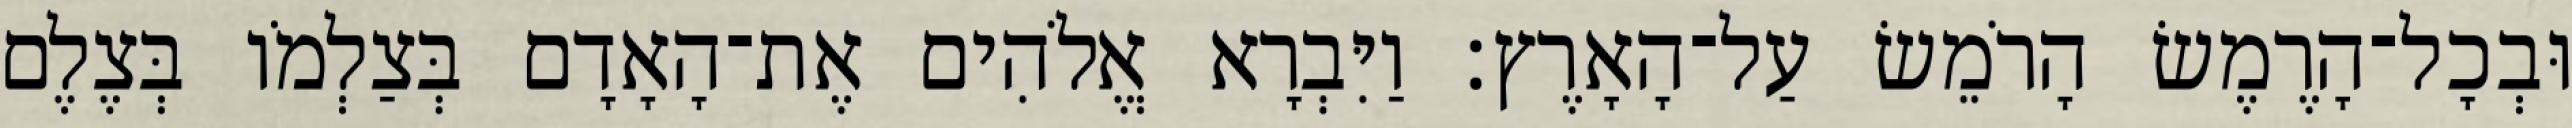
וּבְכָל־הָרֶמֶשׂ הָרֹמֵשׂ עַל־הָאָרֶץ׃ וַיִּבְרָא אֱלֹהִים אֶת־הָאָדָם בְּצַלְמֹו בְּצֶלֶם